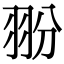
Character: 翂